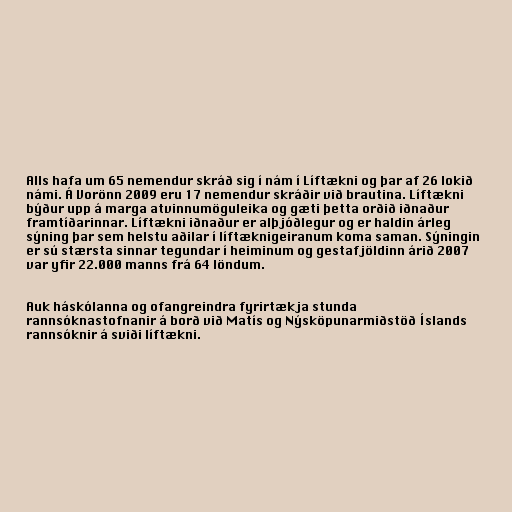
Alls hafa um 65 nemendur skráð sig í nám í Líftækni og þar af 26 lokið
námi. Á Vorönn 2009 eru 17 nemendur skráðir við brautina. Líftækni
býður upp á marga atvinnumöguleika og gæti þetta orðið iðnaður
framtíðarinnar. Líftækni iðnaður er alþjóðlegur og er haldin árleg
sýning þar sem helstu aðilar í líftæknigeiranum koma saman. Sýningin
er sú stærsta sinnar tegundar í heiminum og gestafjöldinn árið 2007
var yfir 22.000 manns frá 64 löndum.

Auk háskólanna og ofangreindra fyrirtækja stunda
rannsóknastofnanir á borð við Matís og Nýsköpunarmiðstöð Íslands
rannsóknir á sviði líftækni.